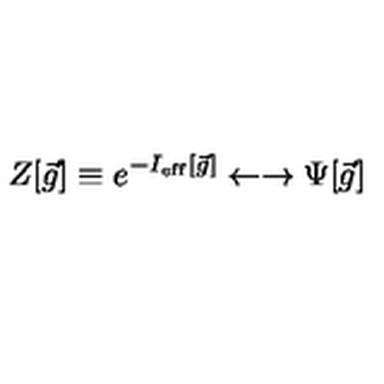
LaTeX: Z [ { \vec { g } } ] \equiv e ^ { - I _ { \mathrm { e f f } } [ { \vec { g } } ] } \leftarrow \rightarrow \Psi [ { \vec { g } } ]